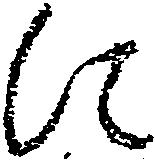
に